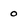
Character: 0